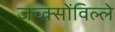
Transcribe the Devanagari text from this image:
जच्क्सोंविल्ले